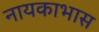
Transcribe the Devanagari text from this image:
नायकाभास